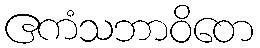
ဧကံသဘာဝိတေ